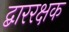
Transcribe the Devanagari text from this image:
द्बाररक्षक